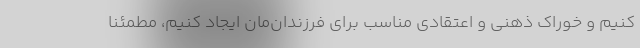
کنیم و خوراک ذهنی و اعتقادی مناسب برای فرزندان‌مان ایجاد کنیم، مطمئنا